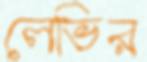
লেভির